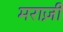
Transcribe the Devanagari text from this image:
मराज़ी